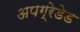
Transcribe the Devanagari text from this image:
अपग्रेडेड